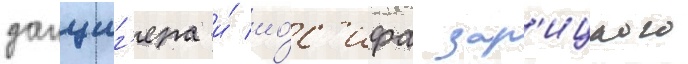
данциг'ера и́ ио́с'ифа зар'ицкого